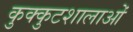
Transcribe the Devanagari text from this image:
कुक्कुटशालाओं